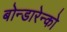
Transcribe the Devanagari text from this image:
बोन्डारेन्को